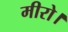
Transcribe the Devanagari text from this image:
मीरो।